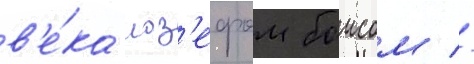
в'е́ка иоз'ефом боисом //